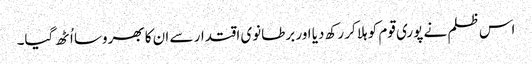
اس ظلم نے پوری قوم کو ہلا کر رکھ دیا اور برطانوی اقتدار سے ان کا بھروسا اُٹھ گیا۔